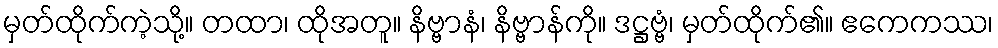
မှတ်ထိုက်ကဲ့သို့။ တထာ၊ ထိုအတူ။ နိဗ္ဗာနံ၊ နိဗ္ဗာန်ကို။ ဒဋ္ဌဗ္ဗံ၊ မှတ်ထိုက်၏။ ဧကေကဿ၊